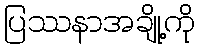
ပြဿနာအချို့ကို